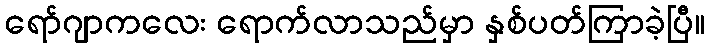
ရော်ဂျာကလေး ရောက်လာသည်မှာ နှစ်ပတ်ကြာခဲ့ပြီ။